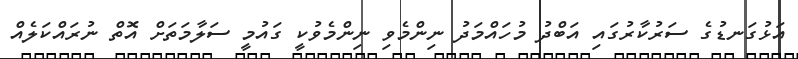
އަޅުގަނޑުގެ ސަރުކާރުގައި އަބްދު މުހައްމަދު ނިންމެވި ނިންމެވުކީ ގައުމީ ސަލާމަތަށް އޮތް ނުރައްކަލެއް